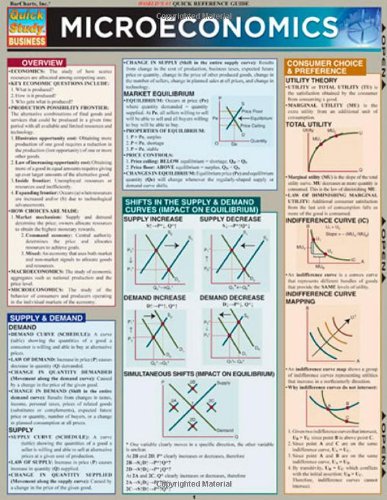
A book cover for Microeconomics (Quickstudy: Business); Inc. BarCharts; Business & Money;